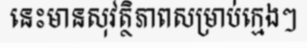
នេះមានសុវត្ថិភាពសម្រាប់ក្មេងៗ